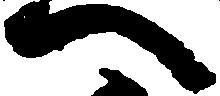
へ